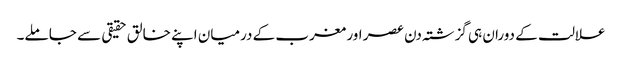
علالت کے دوران ہی گزشتہ دن عصر اور مغرب کے درمیان اپنے خالق حقیقی سے جا ملے۔